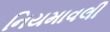
નિયમાવલી